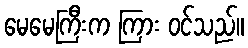
မေမေကြီးက ကြား ဝင်သည်။